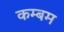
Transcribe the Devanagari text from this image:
कम्बम